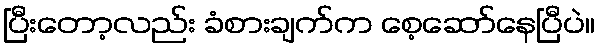
ပြီးတော့လည်း ခံစားချက်က စေ့ဆော်နေပြီပဲ။